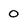
Character: O